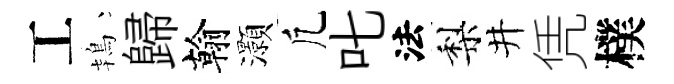
工鴇歸翰灝凢叱法梨井凭樸